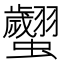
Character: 𧕼